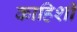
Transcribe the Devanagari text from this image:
काहिशी